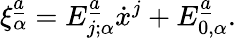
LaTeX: \xi_{\alpha}^{\underline{{{a}}}}=E_{j;\alpha}^{\underline{{{a}}}}\dot{x}^{j}+E_{0,\alpha}^{\underline{{{a}}}}.